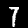
Digit: 7